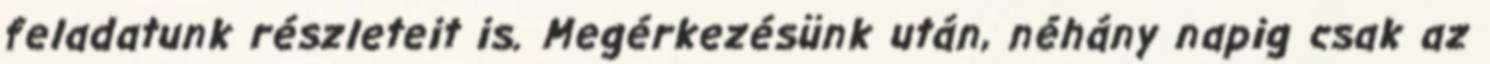
feladatunk részleteit is. Megérkezésünk után, néhány napig csak az